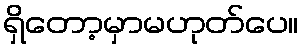
ရှိတော့မှာမဟုတ်ပေ။